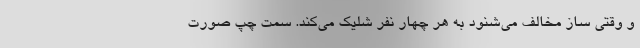
و وقتی ساز مخالف می‌شنود به هر چهار نفر شلیک می‌کند. سمت چپ صورت